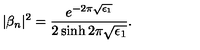
| \beta _ { n } | ^ { 2 } = \frac { e ^ { - 2 \pi \sqrt { \epsilon _ { 1 } } } } { 2 \sinh 2 \pi \sqrt { \epsilon _ { 1 } } } .